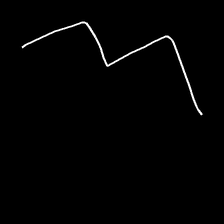
Glyph: crush